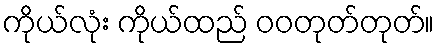
ကိုယ်လုံး ကိုယ်ထည် ဝဝတုတ်တုတ်။